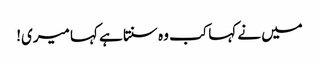
میں نے کہا کب وہ سنتا ہے کہا میری!